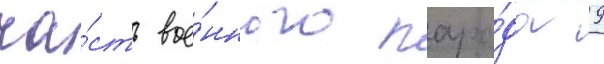
ча́сть вое́нного пара́да 9